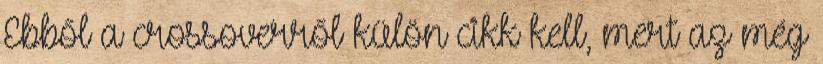
Ebből a crossoverről külön cikk kell, mert az még